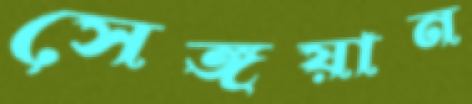
সেঙ্গয়ান